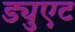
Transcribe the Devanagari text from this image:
ड्युएट